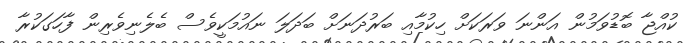
ކުއްޖާ ބޮޑުވަމުން އަންނަ ވަރަކަށް ހިކުމާއި ބަރުދަނަށް ބަދަލަ ނައުމަކީވެސް ބެލެނިވެރިން ފާހަގަކުރާ